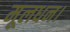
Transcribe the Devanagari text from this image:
मूलधन।